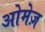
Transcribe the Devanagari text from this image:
ओमेज़